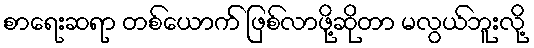
စာရေးဆရာ တစ်ယောက် ဖြစ်လာဖို့ဆိုတာ မလွယ်ဘူးလို့